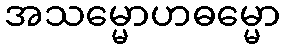
အသမ္မောဟဓမ္မော